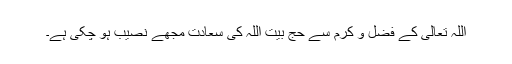
اللہ تعالیٰ کے فضل و کرم سے حج بیت اللہ کی سعادت مجھے نصیب ہو چکی ہے۔